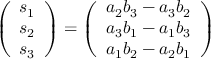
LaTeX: { \left( \begin{array} { l } { s _ { 1 } } \\ { s _ { 2 } } \\ { s _ { 3 } } \end{array} \right) } = { \left( \begin{array} { l } { a _ { 2 } b _ { 3 } - a _ { 3 } b _ { 2 } } \\ { a _ { 3 } b _ { 1 } - a _ { 1 } b _ { 3 } } \\ { a _ { 1 } b _ { 2 } - a _ { 2 } b _ { 1 } } \end{array} \right) }